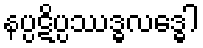
နပ္ပဋိပ္ပဿဒ္ဓလဒ္ဓေါ